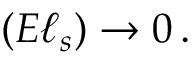
( E \ell _ { s } ) \rightarrow 0 \, .